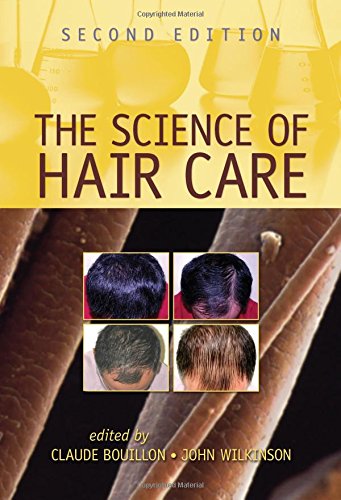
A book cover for The Science of Hair Care; Health, Fitness & Dieting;